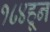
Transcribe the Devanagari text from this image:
१८४हून